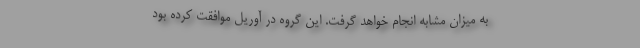
به میزان مشابه انجام خواهد گرفت. این گروه در آوریل موافقت کرده بود